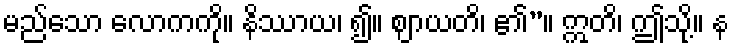
မည်သော လောကကို။ နိဿာယ၊ ၍။ ဈာယတိ၊ ၏”။ ဣတိ၊ ဤသို့။ န